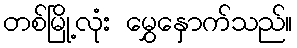
တစ်မြို့လုံး မွှေနှောက်သည်။